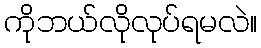
ကိုဘယ်လိုလုပ်ရမလဲ။